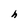
Character: h